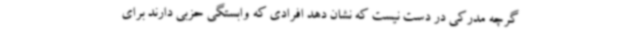
گرچه مدرکی در دست نیست که نشان دهد افرادی که وابستگی حزبی دارند برای